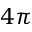
4 \pi